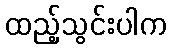
ထည့်သွင်းပါက